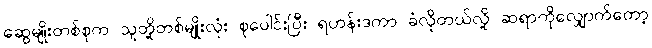
ဆွေမျိုးတစ်စုက သူတို့တစ်မျိုးလုံး စုပေါင်းပြီး ရဟန်းဒကာ ခံလိုတယ်လို့ ဆရာကိုလျှောက်တော့